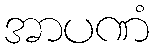
အာပဏံ